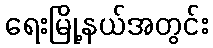
ရေးမြို့နယ်အတွင်း